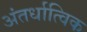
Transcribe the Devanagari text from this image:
अंतर्धात्विक